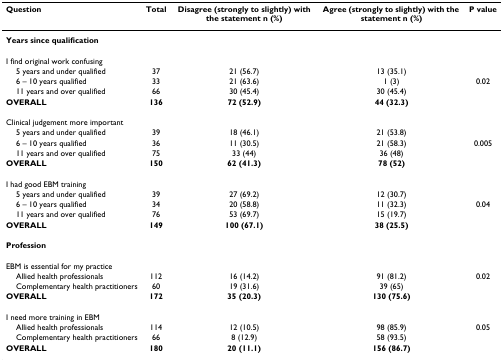
<table><thead><tr><td><b>Question</b></td><td><b>Total</b></td><td><b>Disagree (strongly to slightly) with the statement n (%)</b></td><td><b>Agree (strongly to slightly) with the statement n (%)</b></td><td><b>P value</b></td></tr></thead><tbody><tr><td><b>Years since qualification</b></td><td></td><td></td><td></td><td></td></tr><tr><td>I find original work confusing</td><td></td><td></td><td></td><td></td></tr><tr><td> 5 years and under qualified</td><td>37</td><td>21 (56.7)</td><td>13 (35.1)</td><td></td></tr><tr><td> 6 – 10 years qualified</td><td>33</td><td>21 (63.6)</td><td>1 (3)</td><td>0.02</td></tr><tr><td> 11 years and over qualified</td><td>66</td><td>30 (45.4)</td><td>30 (45.4)</td><td></td></tr><tr><td><b>OVERALL</b></td><td><b>136</b></td><td><b>72 (52.9)</b></td><td><b>44 (32.3)</b></td><td></td></tr><tr><td>Clinical judgement more important</td><td></td><td></td><td></td><td></td></tr><tr><td> 5 years and under qualified</td><td>39</td><td>18 (46.1)</td><td>21 (53.8)</td><td></td></tr><tr><td> 6 – 10 years qualified</td><td>36</td><td>11 (30.5)</td><td>21 (58.3)</td><td>0.005</td></tr><tr><td> 11 years and over qualified</td><td>75</td><td>33 (44)</td><td>36 (48)</td><td></td></tr><tr><td><b>OVERALL</b></td><td><b>150</b></td><td><b>62 (41.3)</b></td><td><b>78 (52)</b></td><td></td></tr><tr><td>I had good EBM training</td><td></td><td></td><td></td><td></td></tr><tr><td> 5 years and under qualified</td><td>39</td><td>27 (69.2)</td><td>12 (30.7)</td><td></td></tr><tr><td> 6 – 10 years qualified</td><td>34</td><td>20 (58.8)</td><td>11 (32.3)</td><td>0.04</td></tr><tr><td> 11 years and over qualified</td><td>76</td><td>53 (69.7)</td><td>15 (19.7)</td><td></td></tr><tr><td><b>OVERALL</b></td><td><b>149</b></td><td><b>100 (67.1)</b></td><td><b>38 (25.5)</b></td><td></td></tr><tr><td><b>Profession</b></td><td></td><td></td><td></td><td></td></tr><tr><td>EBM is essential for my practice</td><td></td><td></td><td></td><td></td></tr><tr><td> Allied health professionals</td><td>112</td><td>16 (14.2)</td><td>91 (81.2)</td><td>0.02</td></tr><tr><td> Complementary health practitioners</td><td>60</td><td>19 (31.6)</td><td>39 (65)</td><td></td></tr><tr><td><b>OVERALL</b></td><td><b>172</b></td><td><b>35 (20.3)</b></td><td><b>130 (75.6)</b></td><td></td></tr><tr><td>I need more training in EBM</td><td></td><td></td><td></td><td></td></tr><tr><td> Allied health professionals</td><td>114</td><td>12 (10.5)</td><td>98 (85.9)</td><td>0.05</td></tr><tr><td> Complementary health practitioners</td><td>66</td><td>8 (12.9)</td><td>58 (93.5)</td><td></td></tr><tr><td><b>OVERALL</b></td><td><b>180</b></td><td><b>20 (11.1)</b></td><td><b>156 (86.7)</b></td><td></td></tr></tbody></table>